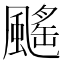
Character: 䬙